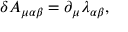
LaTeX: \delta A _ { \mu \alpha \beta } = \partial _ { \mu } \lambda _ { \alpha \beta } ,